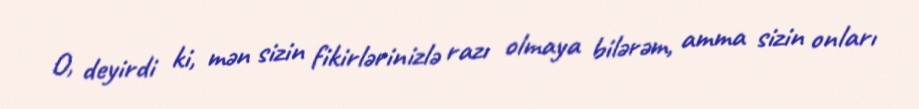
O, deyirdi ki, mən sizin fikirlərinizlə razı olmaya bilərəm, amma sizin onları